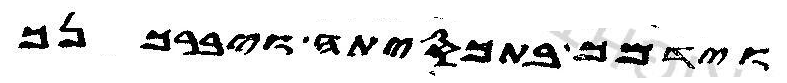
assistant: וידמך בתכסיתה ויברכנך